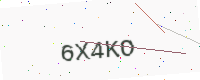
Text: 6X4KO